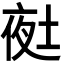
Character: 𭎲